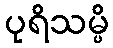
ပုရိသမ္ပိ